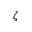
\zeta